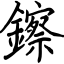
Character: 鑔